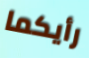
رأيكما